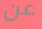
عن